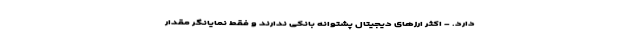
دارد. - اکثر ارزهای دیجیتال پشتوانه بانکی ندارند و فقط نمایانگر مقدار